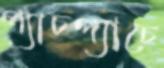
প্যাচপ্যাচে